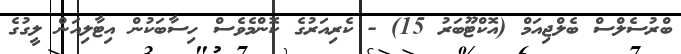
ބްރުސެލްސް ބެލްޖިއަމް (އޮކްޓޫބަރު 15) - ކެރިއަރުގެ ކޮންމެވެސް ހިސާބަކުން އިޓާލިއަން ލީގުގެ